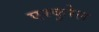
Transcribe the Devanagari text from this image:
एस्कुरेल